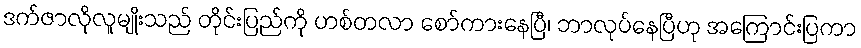
ဒက်ဇာလိုလူမျိုးသည် တိုင်းပြည်ကို ဟစ်တလာ စော်ကားနေပြီ၊ ဘာလုပ်နေပြီဟု အကြောင်းပြကာ